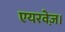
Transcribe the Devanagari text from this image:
एयरवेज़।